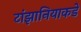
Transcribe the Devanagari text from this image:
टांझानियाकडे